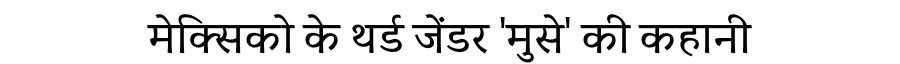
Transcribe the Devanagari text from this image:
मेक्सिको के थर्ड जेंडर 'मुसे' की कहानी